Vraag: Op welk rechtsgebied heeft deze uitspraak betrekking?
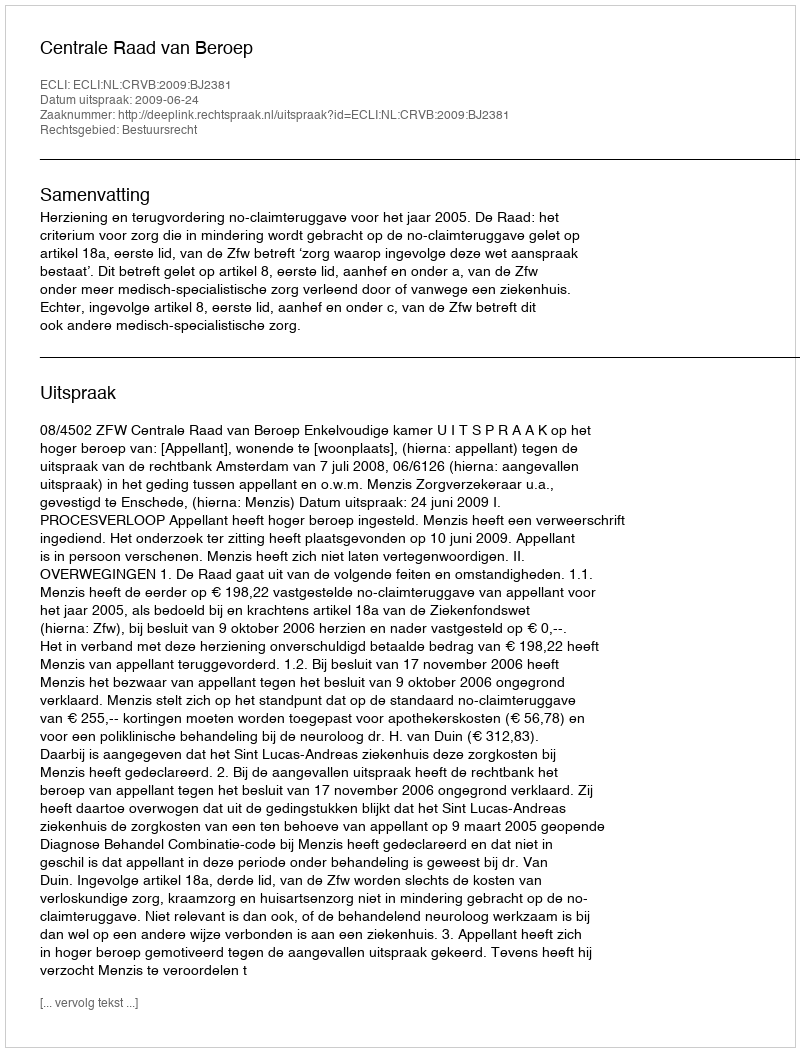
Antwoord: Bestuursrecht